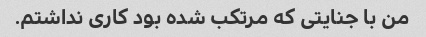
من با جنایتی که مرتکب شده بود کاری نداشتم.